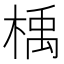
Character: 楀